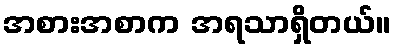
အစားအစာက အရသာရှိတယ်။